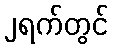
၂ရက်တွင်